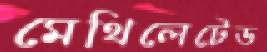
মেথিলেটেড